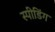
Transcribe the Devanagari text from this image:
स्‍पीडिंग